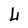
Character: L